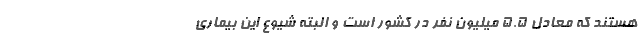
هستند که معادل ۵.۵ میلیون نفر در کشور است و البته شیوع این بیماری